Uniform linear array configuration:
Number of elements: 16
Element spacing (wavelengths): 0.5
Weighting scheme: hann
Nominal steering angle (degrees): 15
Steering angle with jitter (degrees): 14.365
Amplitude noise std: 0.05
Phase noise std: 0.05

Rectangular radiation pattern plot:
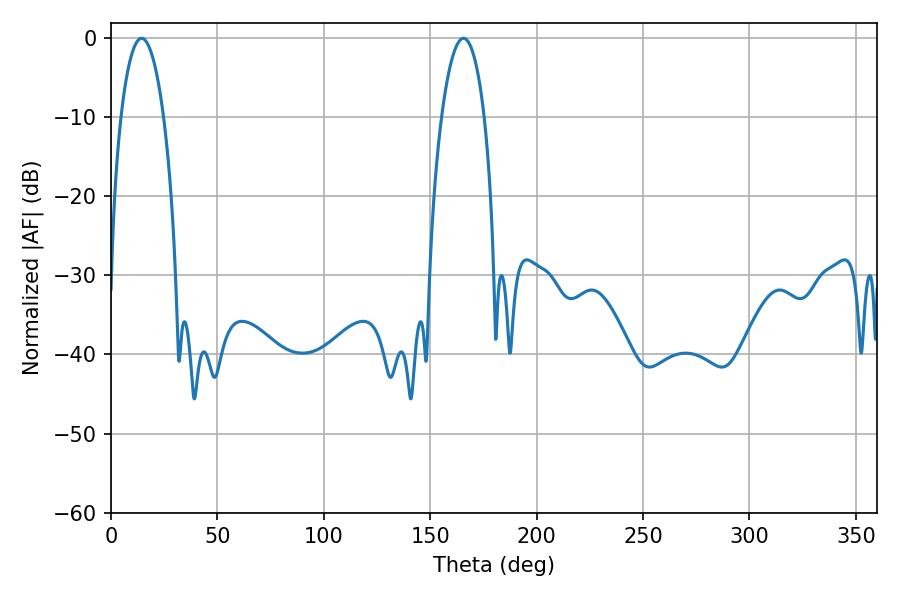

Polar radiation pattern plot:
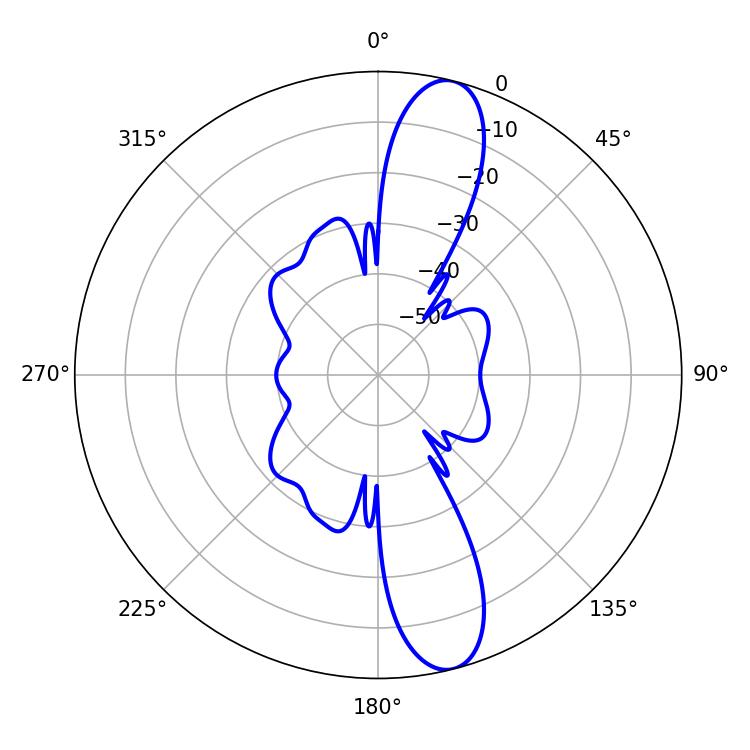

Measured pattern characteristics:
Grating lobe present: FALSE
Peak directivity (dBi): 12.849
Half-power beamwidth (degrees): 11.34
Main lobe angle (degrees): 14.4